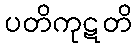
ပတိကုဋတိ